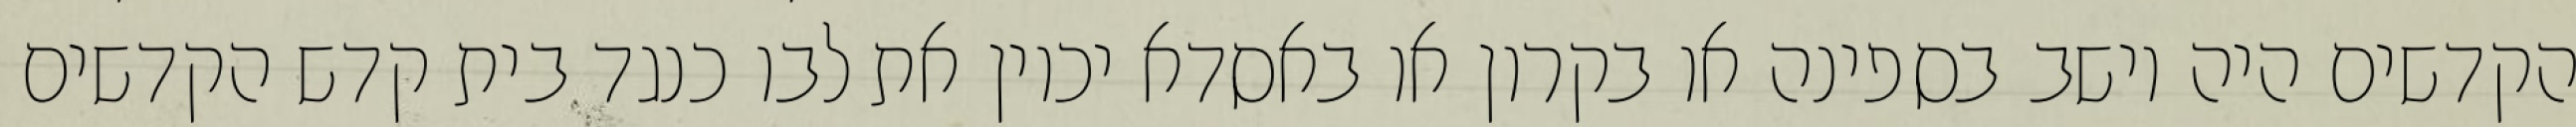
הקדשים היה יושב בספינה או בקרון או באסדא יכוין את לבו כנגד בית קדש הקדשים